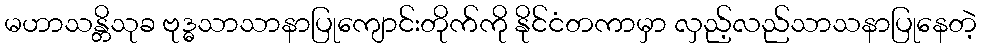
မဟာသန္တိသုခ ဗုဒ္ဓသာသာနာပြုကျောင်းတိုက်ကို နိုင်ငံတကာမှာ လှည့်လည်သာသနာပြုနေတဲ့